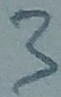
Text: 3